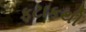
ફટાકથી